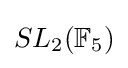
SL_{2}(\mathbb {F} _{5})